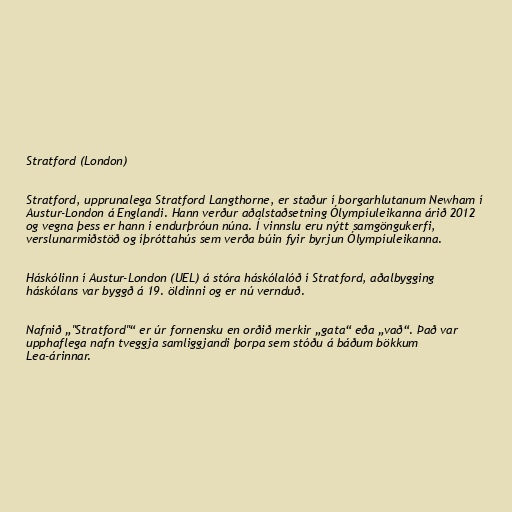
Stratford (London)

Stratford, upprunalega Stratford Langthorne, er staður í borgarhlutanum Newham í
Austur-London á Englandi. Hann verður aðalstaðsetning Ólympíuleikanna árið 2012
og vegna þess er hann í endurþróun núna. Í vinnslu eru nýtt samgöngukerfi,
verslunarmiðstöð og íþróttahús sem verða búin fyir byrjun Ólympíuleikanna.

Háskólinn í Austur-London (UEL) á stóra háskólalóð í Stratford, aðalbygging
háskólans var byggð á 19. öldinni og er nú vernduð.

Nafnið „"Stratford"“ er úr fornensku en orðið merkir „gata“ eða „vað“. Það var
upphaflega nafn tveggja samliggjandi þorpa sem stóðu á báðum bökkum
Lea-árinnar.